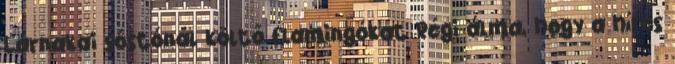
Lárnakai sóstónál költő flamingókat Régi álma, hogy a híres